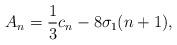
LaTeX: \begin{align*}A_{n}=\frac{1}{3}c_n-8\sigma_1(n+1),\end{align*}